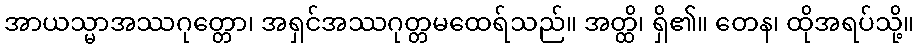
အာယသ္မာအဿဂုတ္တော၊ အရှင်အဿဂုတ္တမထေရ်သည်။ အတ္ထိ၊ ရှိ၏။ တေန၊ ထိုအရပ်သို့။